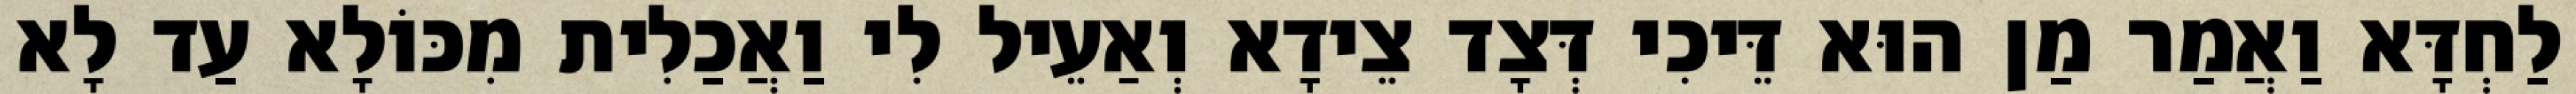
לַחְדָּא וַאֲמַר מַן הוּא דֵּיכִי דְּצָד צֵידָא וְאַעֵיל לִי וַאֲכַלִית מִכּוֹלָא עַד לָא